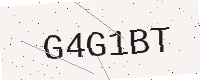
Text: G4G1BT